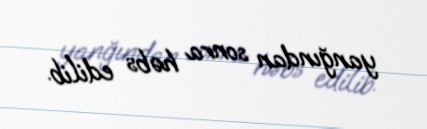
yanğından sonra həbs edilib.